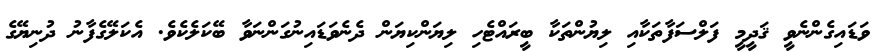
ވަޑައިގެންނެވީ ޤަދީމީ ފަލްސަފާތަކާއި ލިޔުންތަކާ ބީރައްޓެހި ލިޔަންކިޔަން ދެނެވަޑައިނުގަންނަވާ ބޭކަލެކެވެ. އެކަލޭގެފާނު ދުނިޔޭގެ